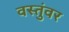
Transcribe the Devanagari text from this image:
वस्तुंवर